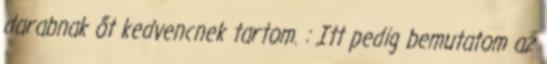
darabnak őt kedvencnek tartom. : Itt pedig bemutatom az